342_HS1-416511228_319.1 Flying Discs 1949
Agency: Department of War
Incident date: 1/9/50
Page 131
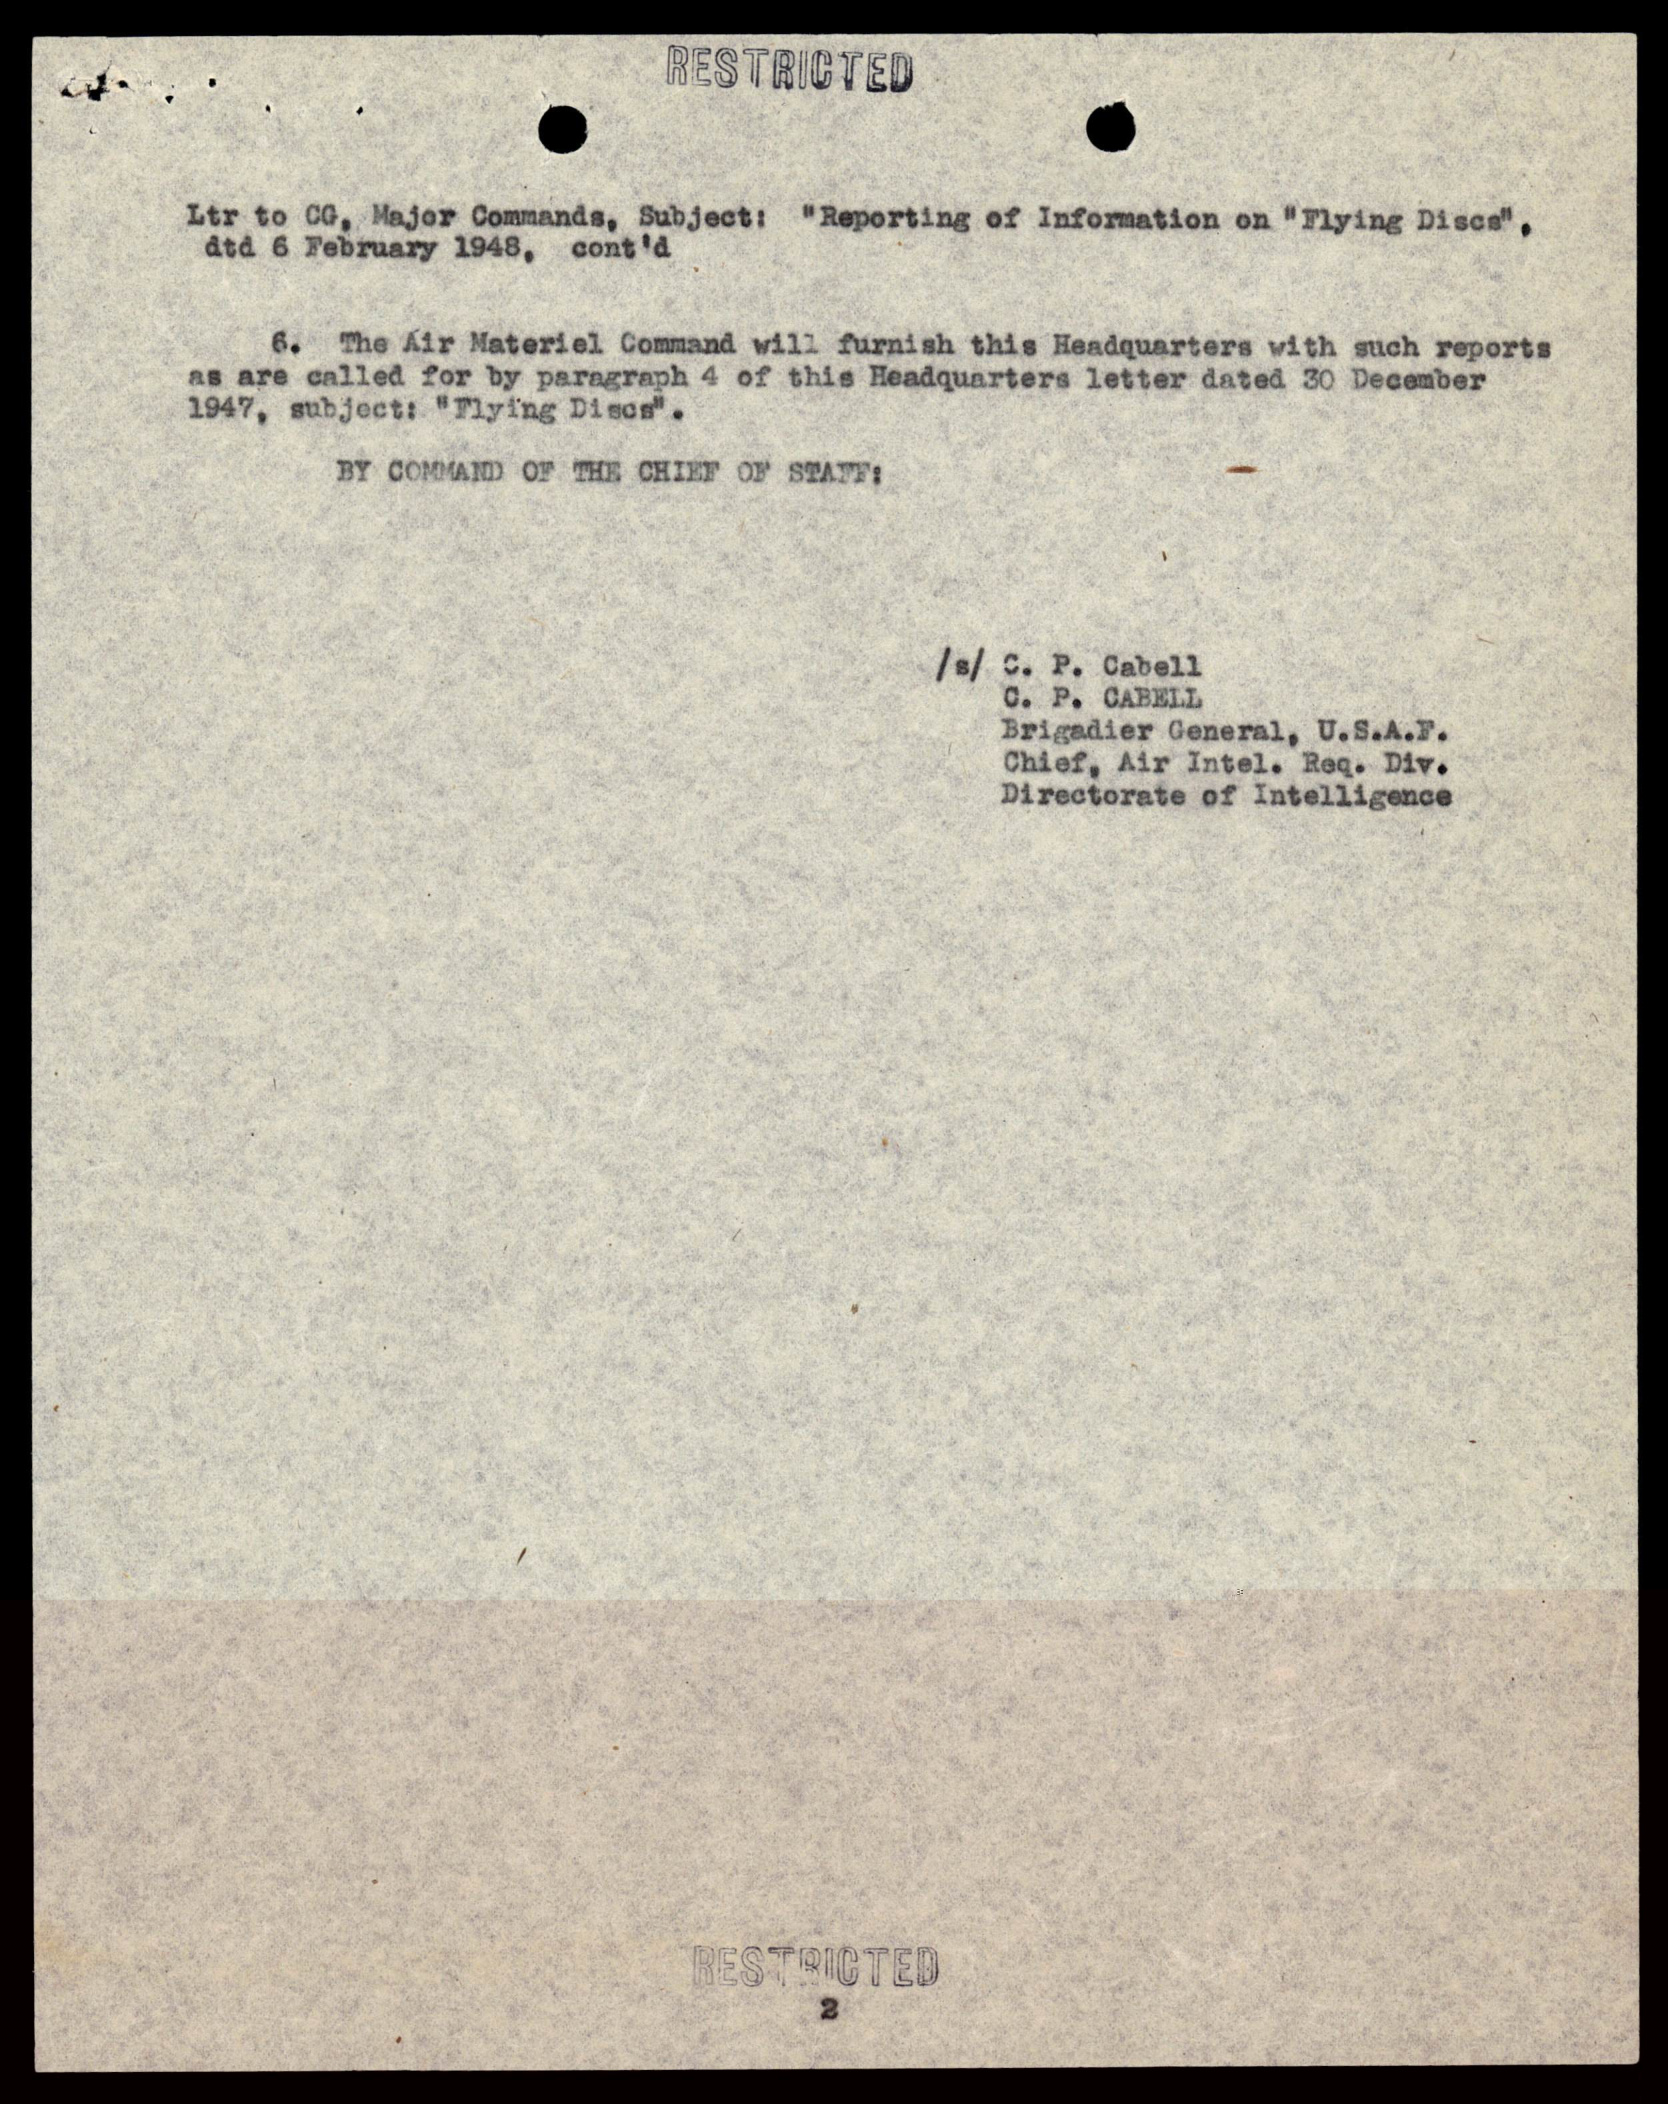